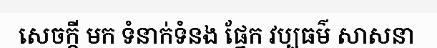
សេចក្តី មក ទំនាក់ទំនង ផ្នែក វប្បធម៌ សាសនា